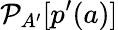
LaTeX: \mathcal{P}_{A^{\prime}}[p^{\prime}(a)]